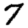
Digit: 7